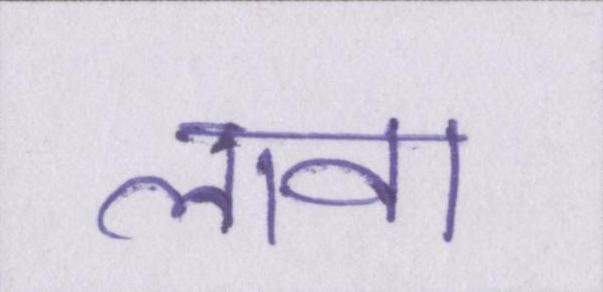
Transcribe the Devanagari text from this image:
लावा